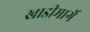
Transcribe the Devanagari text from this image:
खाडीमार्गे